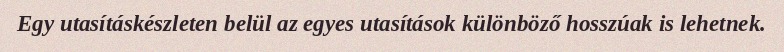
Egy utasításkészleten belül az egyes utasítások különböző hosszúak is lehetnek.